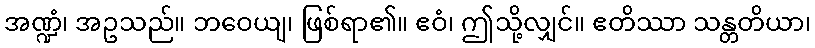
အဏ္ဍံ၊ အဥသည်။ ဘဝေယျ၊ ဖြစ်ရာ၏။ ဧဝံ၊ ဤသို့လျှင်။ ဧတိဿာ သန္တတိယာ၊